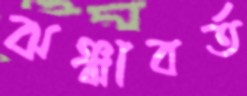
ঝঞ্ঝাবর্ত